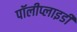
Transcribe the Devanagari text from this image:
पॉलीप्लाइडी